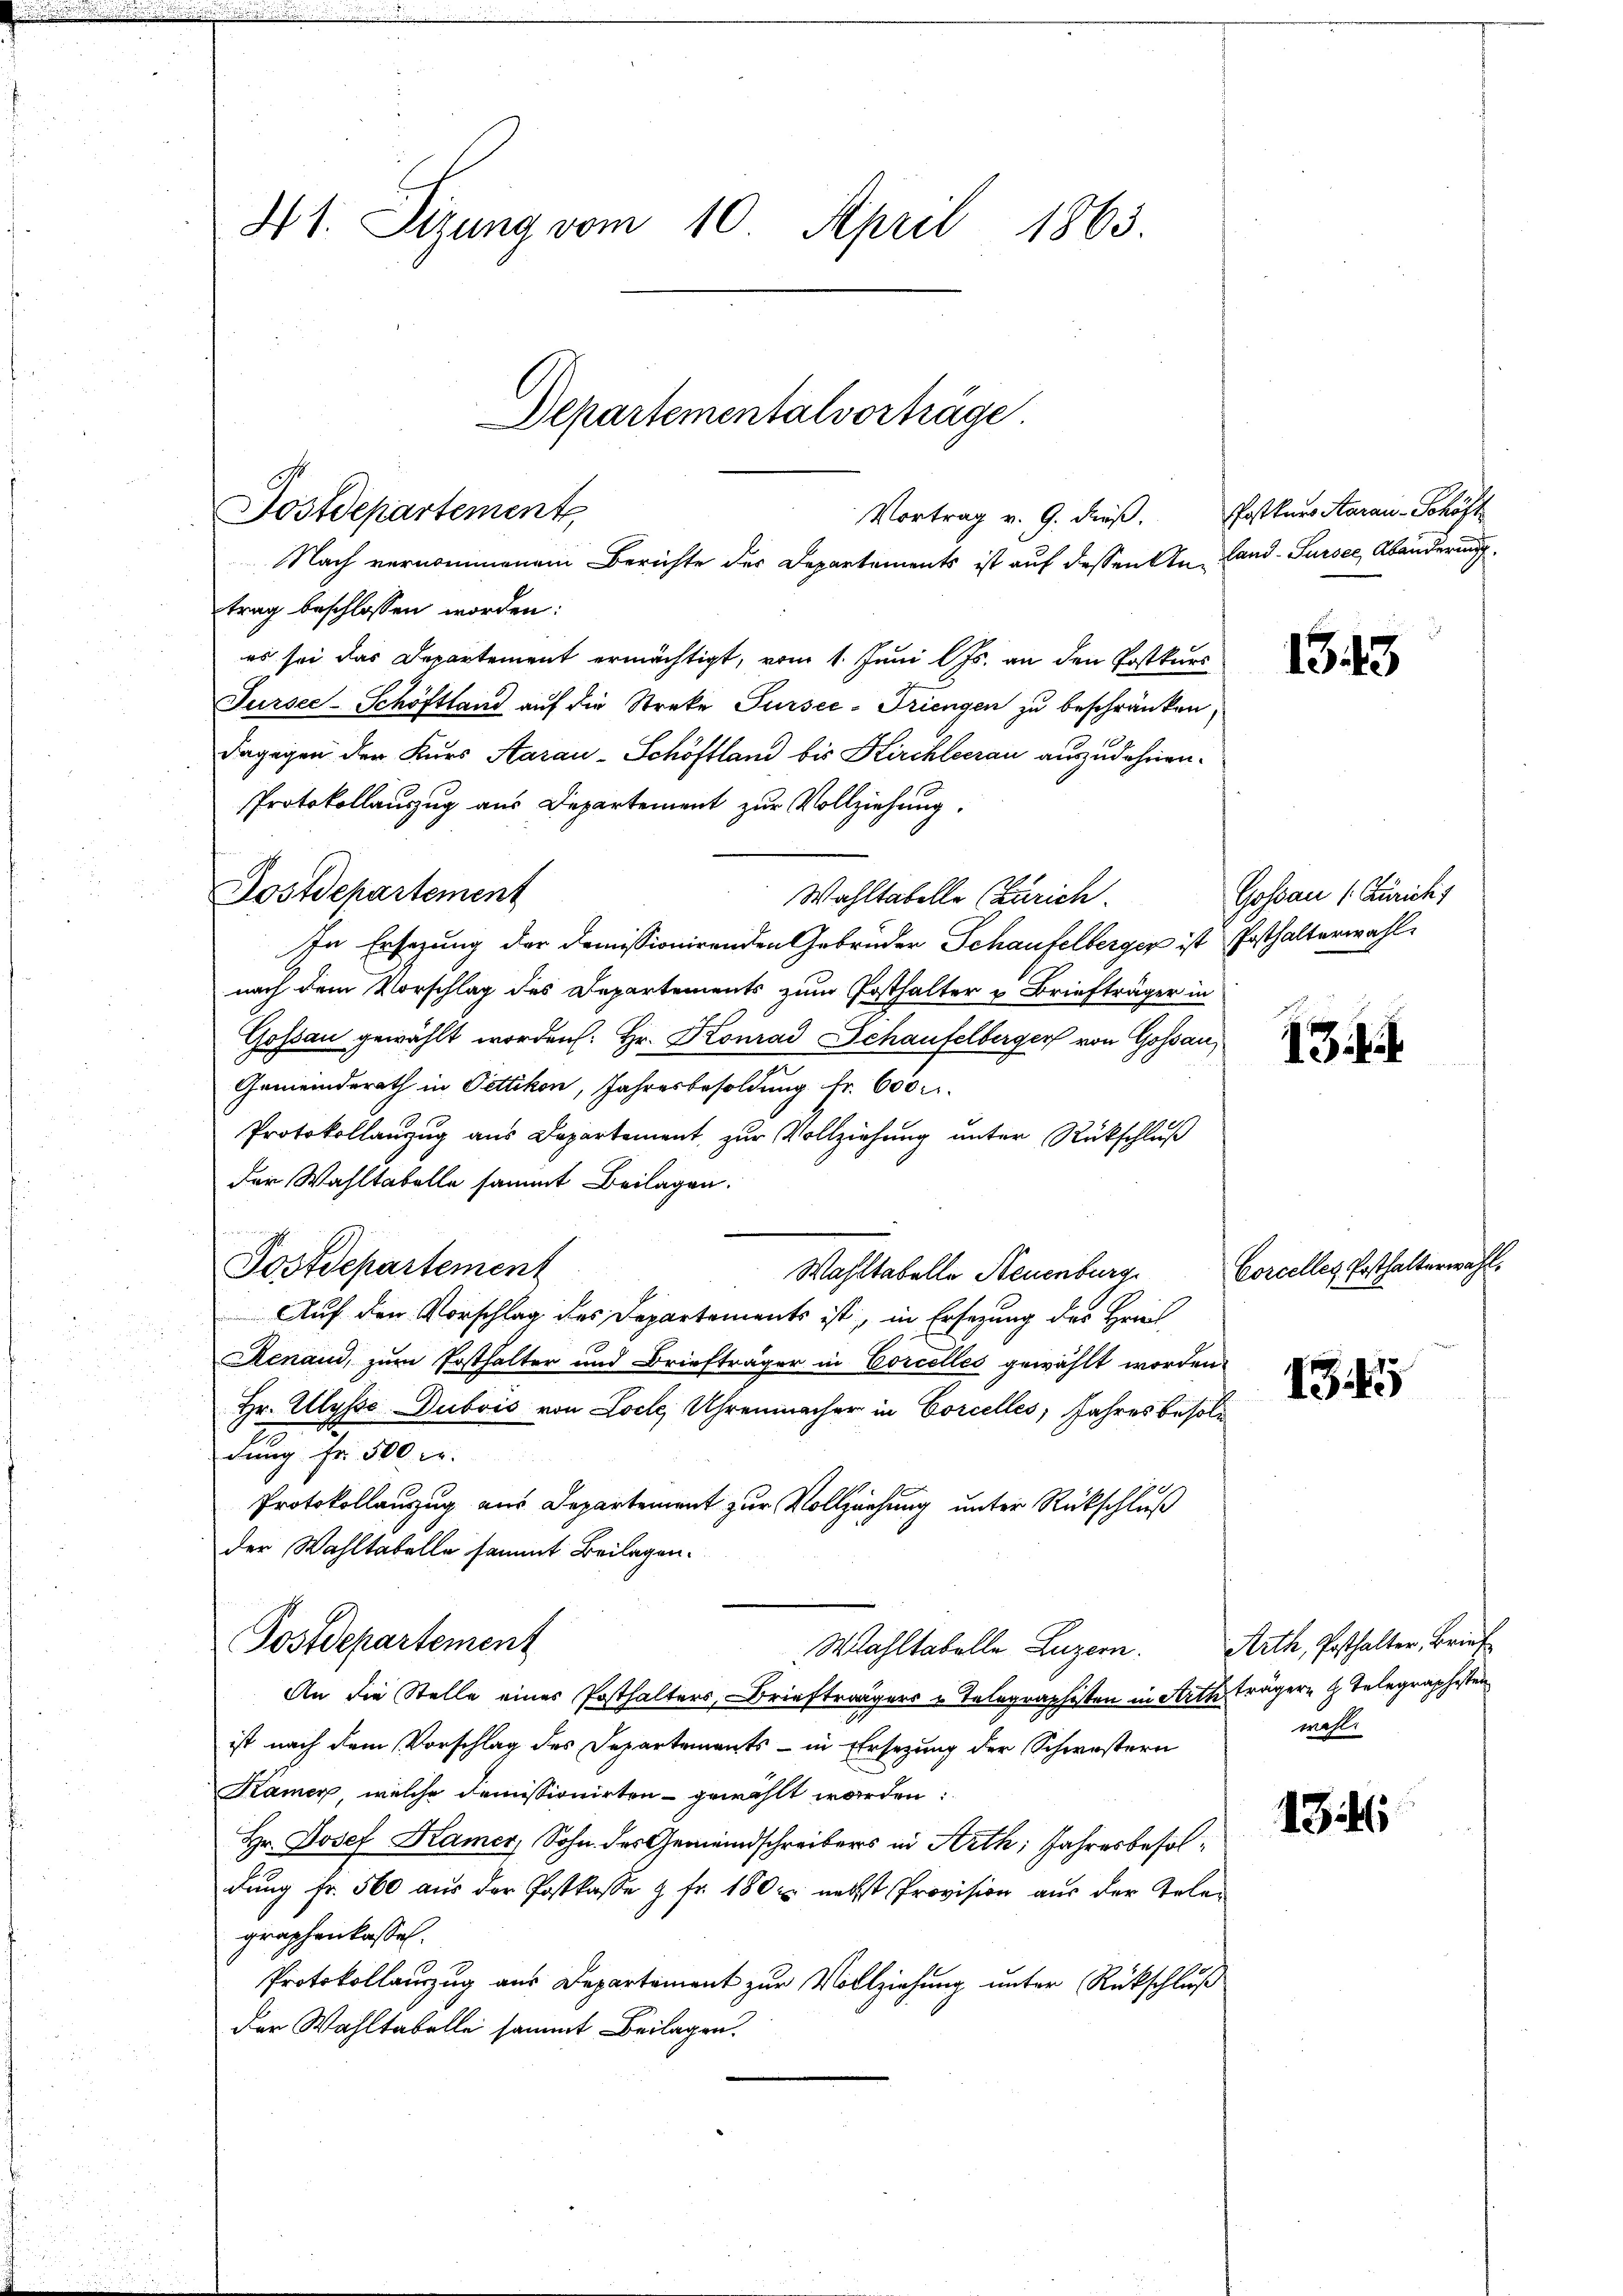
41. Sizung vom 10. April 1863.
Departementalverträge

Fostdepartement
Vortrag v. 9. dieß. Postkurs Aarau - Schöft
Nach vernommenem Berichte der Departements ist auf dessen An Land-Sursee, Abänderung

Postdepartement

trag beschlossen worden:
es sei das Departement ermächtigt, vom 1. Juni lJs. an den Postkurs
Fursee-Schöftland auf die Streke Sursee-Triengen zu beschränken,
dagegen der Kurs Aarau-Schöftland bis Kirchleerau auszudehnen.
Protokollauszug aus Departement zur Vollziehung.
Wahltabelle Zürich.
In Ersezung der domissionirenden Gebrüder Schaufelberger ist Posthalterwahl
nach dem Vorschlag des Departements zum Posthalter u Briefträger in
Gossau gewählt worden. Hr. Konrad Schaufelberger von Gossau,
7
Gemeindsrath in Pettikon, Jahresbesoldung fr. 600 r.
Protokollanzug aus Departement, zur Vollziehung unter Rückschluß
der Wahltabelle sammt Beilagen.

Postdepartement
Wahltabelle Neuenburg
Auf den Vorschlag des Departements ist, in Ersezung des Herrl
Renaud, zum Posthalter und Briefträger in Corcelles gewählt worden,
Hr. Ulysse Dubois von Loch, Uhrenmacher in Corcelles, Jahres besoldung Fr. 500 M.
Protokollauszug aus Departement zur Vollziehung unter Rückschluß
der Wahltabelle sammt Beilagen.
Postdepartement
Wahltabelle Luzern.
An die Stelle eines Posthalters, Briefträgers u. Telegraphisten in Arth trägern H. Telegraphesten
ist nach dem Vorschlag des Departements - in Ersezung der Schwestern
Kamer, welche demissionirten gewählt worden:
Hr. Josef Kamer, Sohn des Gemeindschreibers in Arth; Jahresbesoldung fr. 560 aus der Postkasse & fr. 180 u. nechst Provision aus der Telegraphenkassel.
Protokollauszug aus Departement zur Vollziehung unter Rückschluß
Der Wahltabelle sammt Beilagen.

1343

Gossau (Züricht

13

Corcelles Ersthalterwahl.

145

Arth, Posthalter, Brief
wahl.

134